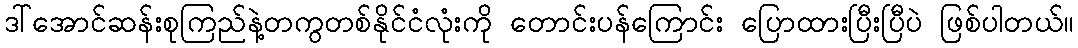
ဒါ်အောင်ဆန်းစုကြည်နဲ့တကွတစ်နိုင်ငံလုံးကို တောင်းပန်ကြောင်း ပြောထားပြီးပြီပဲ ဖြစ်ပါတယ်။